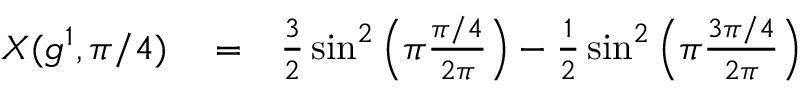
\begin{array} { r l r } { X ( g ^ { 1 } , \pi / 4 ) } & { { } = } & { \frac { 3 } { 2 } \sin ^ { 2 } \left( \pi \frac { \pi / 4 } { 2 \pi } \right) - \frac { 1 } { 2 } \sin ^ { 2 } \left( \pi \frac { 3 \pi / 4 } { 2 \pi } \right) } \end{array}